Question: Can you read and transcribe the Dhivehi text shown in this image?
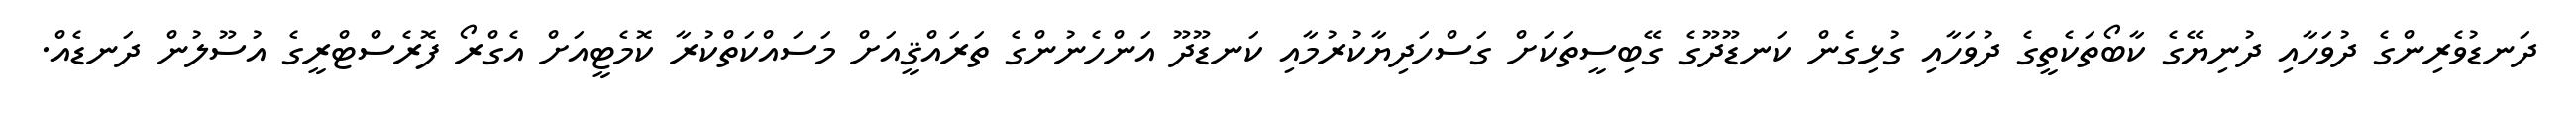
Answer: ދަނޑުވެރިންގެ ދުވަހާއި ދުނިޔޭގެ ކާބޯތަކެތީގެ ދުވަހާއި ގުޅިގެން ކަނޑޫދޫގެ ގޭބިސީތަކަށް ގަސްހަދިޔާކުރުމާއި ކަނޑޫދޫ އަންހެނުންގެ ތަރައްޤީއަށް މަސައްކަތްކުރާ ކޮމެޓީއަށް އެގްރޯ ފޮރެސްޓްރީގެ އުސޫލުން ދަނޑެއް.